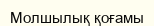
Молшылық қоғамы